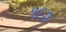
૧૯૨